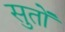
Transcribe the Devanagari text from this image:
सुतों